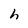
Character: h